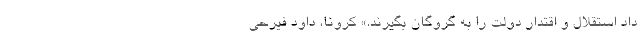
داد استقلال و اقتدار دولت را به گروگان بگیرند.» کرونا، داود فیرحی